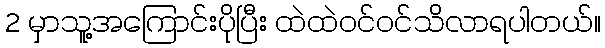
2 မှာသူ့အကြောင်းပိုပြီး ထဲထဲဝင်ဝင်သိလာရပါတယ်။